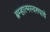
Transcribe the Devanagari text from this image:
ब्रम्हात्मस्वरुपाचे